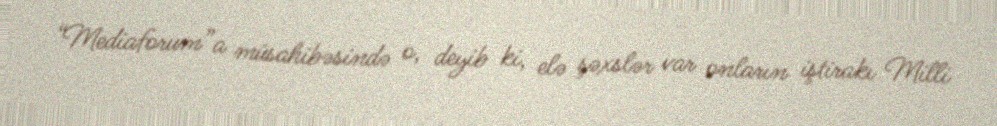
“Mediaforum”a müsahibəsində o, deyib ki, elə şəxslər var onların iştirakı Milli